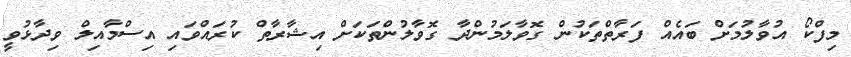
މިފްކޯ އުވާލުމަށް ބައެއް ފަރާތްތަކުން ގޮވާލަމުންދާ ގޮވާލުންތަކަށް އިޝާރާތް ކުރައްވައި އިސްމާއިލް ވިދާޅުވީ